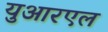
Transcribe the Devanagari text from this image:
युआरएल